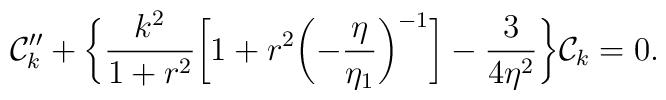
{\cal C}_{k}'' + \biggl\{ \frac{k^2}{1 + r^2}\biggl[1  + r^2  \biggl(-\frac{\eta}{\eta_{1}}\biggr)^{-1} \biggr] - \frac{3}{4\eta^2}\biggr\}{\cal C}_{k} =0.